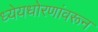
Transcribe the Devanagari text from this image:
ध्येयधोरणांवरून